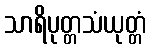
သာရိပုတ္တသံယုတ္တံ